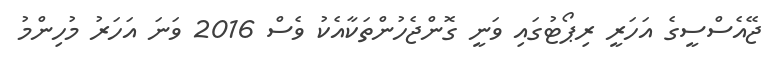
ޖޭއެސްސީގެ އަހަރީ ރިޕޯޓުގައި ވަނީ ގޮންޖެހުންތަކާއެކު ވެސް 2016 ވަނަ އަހަރު މުހިންމު